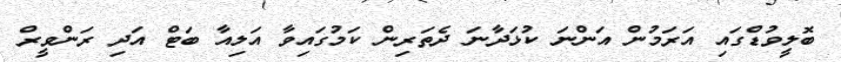
ބޮލީވުޑްގައި އަރަމުން އަންނަ ކުޅަދާނަ ދެތަރިން ކަމުގައިވާ އަލިއާ ބަޓް އަދި ރަންވީރް